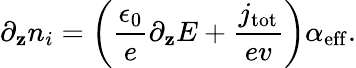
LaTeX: \partial_{\mathbf{z}}n_{i}=\left(\frac{{\epsilon_{0}}}{{e}}\partial_{\mathbf{z}}E+\frac{{j_{\mathrm{{tot}}}}}{{ev}}\right)\alpha_{\mathrm{{eff}}}.